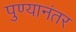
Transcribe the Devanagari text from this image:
पुण्यानंतर